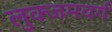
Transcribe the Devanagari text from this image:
लुक्जमवर्ग